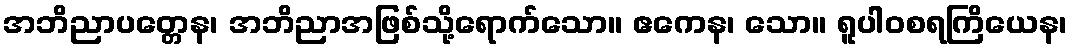
အဘိညာပတ္တေန၊ အဘိညာအဖြစ်သို့ရောက်သော။ ဧကေန၊ သော။ ရူပါဝစရကြိယေန၊